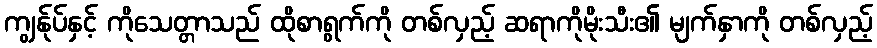
ကျွန်ုပ်နှင့် ကိုသေတ္တာသည် ထိုစာရွက်ကို တစ်လှည့် ဆရာကိုမိုးသီး၏ မျက်နှာကို တစ်လှည့်